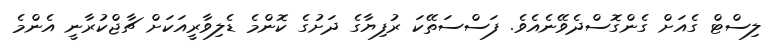
ލިސްޓް ގެއަށް ގެންގޮސްދެވޭނެއެވެ. ފަސްސަތޭކަ ރުފިޔާގެ ދަށުގެ ކޮންމެ ޑެލިވާރީއަކަށް ޗާޖްކުރާނީ އެންމެ